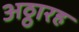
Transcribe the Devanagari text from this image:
अठ्ठारह